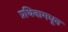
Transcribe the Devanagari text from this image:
प्रथिनामधून